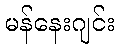
မန်နေးဂျင်း